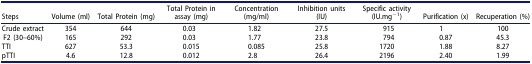
<table><thead><tr><td><b>Steps</b></td><td><b>Volume (ml)</b></td><td><b>Total Protein (mg)</b></td><td><b>Total Protein in assay (mg)</b></td><td><b>Concentration (mg/ml)</b></td><td><b>Inhibition units (IU)</b></td><td><b>Specific activity (IU.mg<sup>−1</sup>)</b></td><td><b>Purification (x)</b></td><td><b>Recuperation (%)</b></td></tr></thead><tbody><tr><td>Crude extract</td><td>354</td><td>644</td><td>0.03</td><td>1.82</td><td>27.5</td><td>915</td><td>1</td><td>100</td></tr><tr><td>F2 (30–60%)</td><td>165</td><td>292</td><td>0.03</td><td>1.77</td><td>23.8</td><td>794</td><td>0.87</td><td>45.3</td></tr><tr><td>TTI</td><td>627</td><td>53.3</td><td>0.015</td><td>0.085</td><td>25.8</td><td>1720</td><td>1.88</td><td>8.27</td></tr><tr><td>pTTI</td><td>4.6</td><td>12.8</td><td>0.012</td><td>2.8</td><td>26.4</td><td>2196</td><td>2.40</td><td>1.99</td></tr></tbody></table>